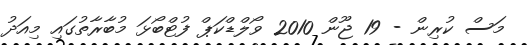
މަސް ކުރިން - 19 ޖޫން 2010 ވޯލްޑްކަޕް ފުޓްބޯޅަ މުބާރާތުގައި މިއަދު